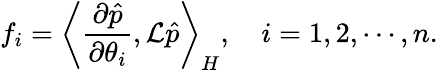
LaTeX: f_{i}=\left\langle\frac{\partial\hat{p}}{\partial\theta_{i}},\mathcal L\hat{p}\right\rangle_{H},\quad i=1,2,\cdots,n.